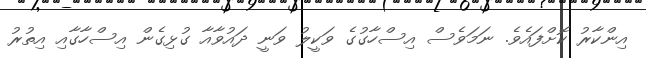
އިންކާރު ކޮށްފައެވެ. ނަމަވެސް އިސްހާގުގެ ވަކީލު ވަނީ ދައުވާއާ ގުޅިގެން އިސްހާގާއި އިތުރު